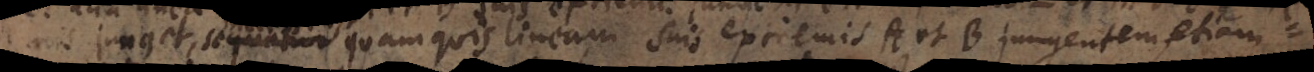
mis jung et, sequntur quam quis lineam suis extremis A et B jungentem etiam =